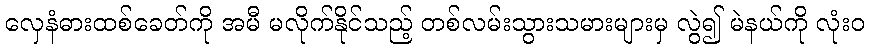
လှေနံဓားထစ်ခေတ်ကို အမီ မလိုက်နိုင်သည့် တစ်လမ်းသွားသမားများမှ လွဲ၍ မဲနယ်ကို လုံးဝ